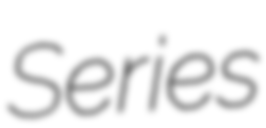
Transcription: Series